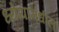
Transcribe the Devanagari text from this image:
ध्येयामधील